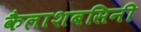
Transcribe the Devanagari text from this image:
कैलाशबसिनी